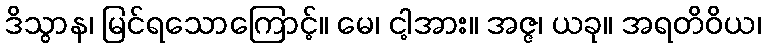
ဒိသွာန၊ မြင်ရသောကြောင့်။ မေ၊ ငါ့အား။ အဇ္ဇ၊ ယခု။ အရတိဝိယ၊